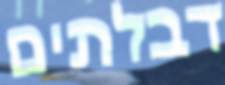
דבלתים